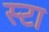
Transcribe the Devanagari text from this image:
स्टा